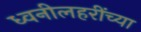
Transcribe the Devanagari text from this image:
ध्वनीलहरींच्या